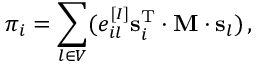
\pi _ { i } = \sum _ { l \in V } ( e _ { i l } ^ { [ I ] } \mathbf { s } _ { i } ^ { \mathrm { T } } \cdot \mathbf { M } \cdot \mathbf { s } _ { l } ) \, ,